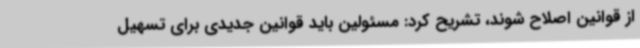
از قوانین اصلاح شوند، تشریح کرد: مسئولین باید قوانین جدیدی برای تسهیل